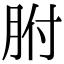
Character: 胕